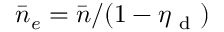
\bar { n } _ { e } = \bar { n } / ( 1 - \eta _ { \mathrm { ~ d ~ } } )